EELK_Kaarma_kogudus, lk 90
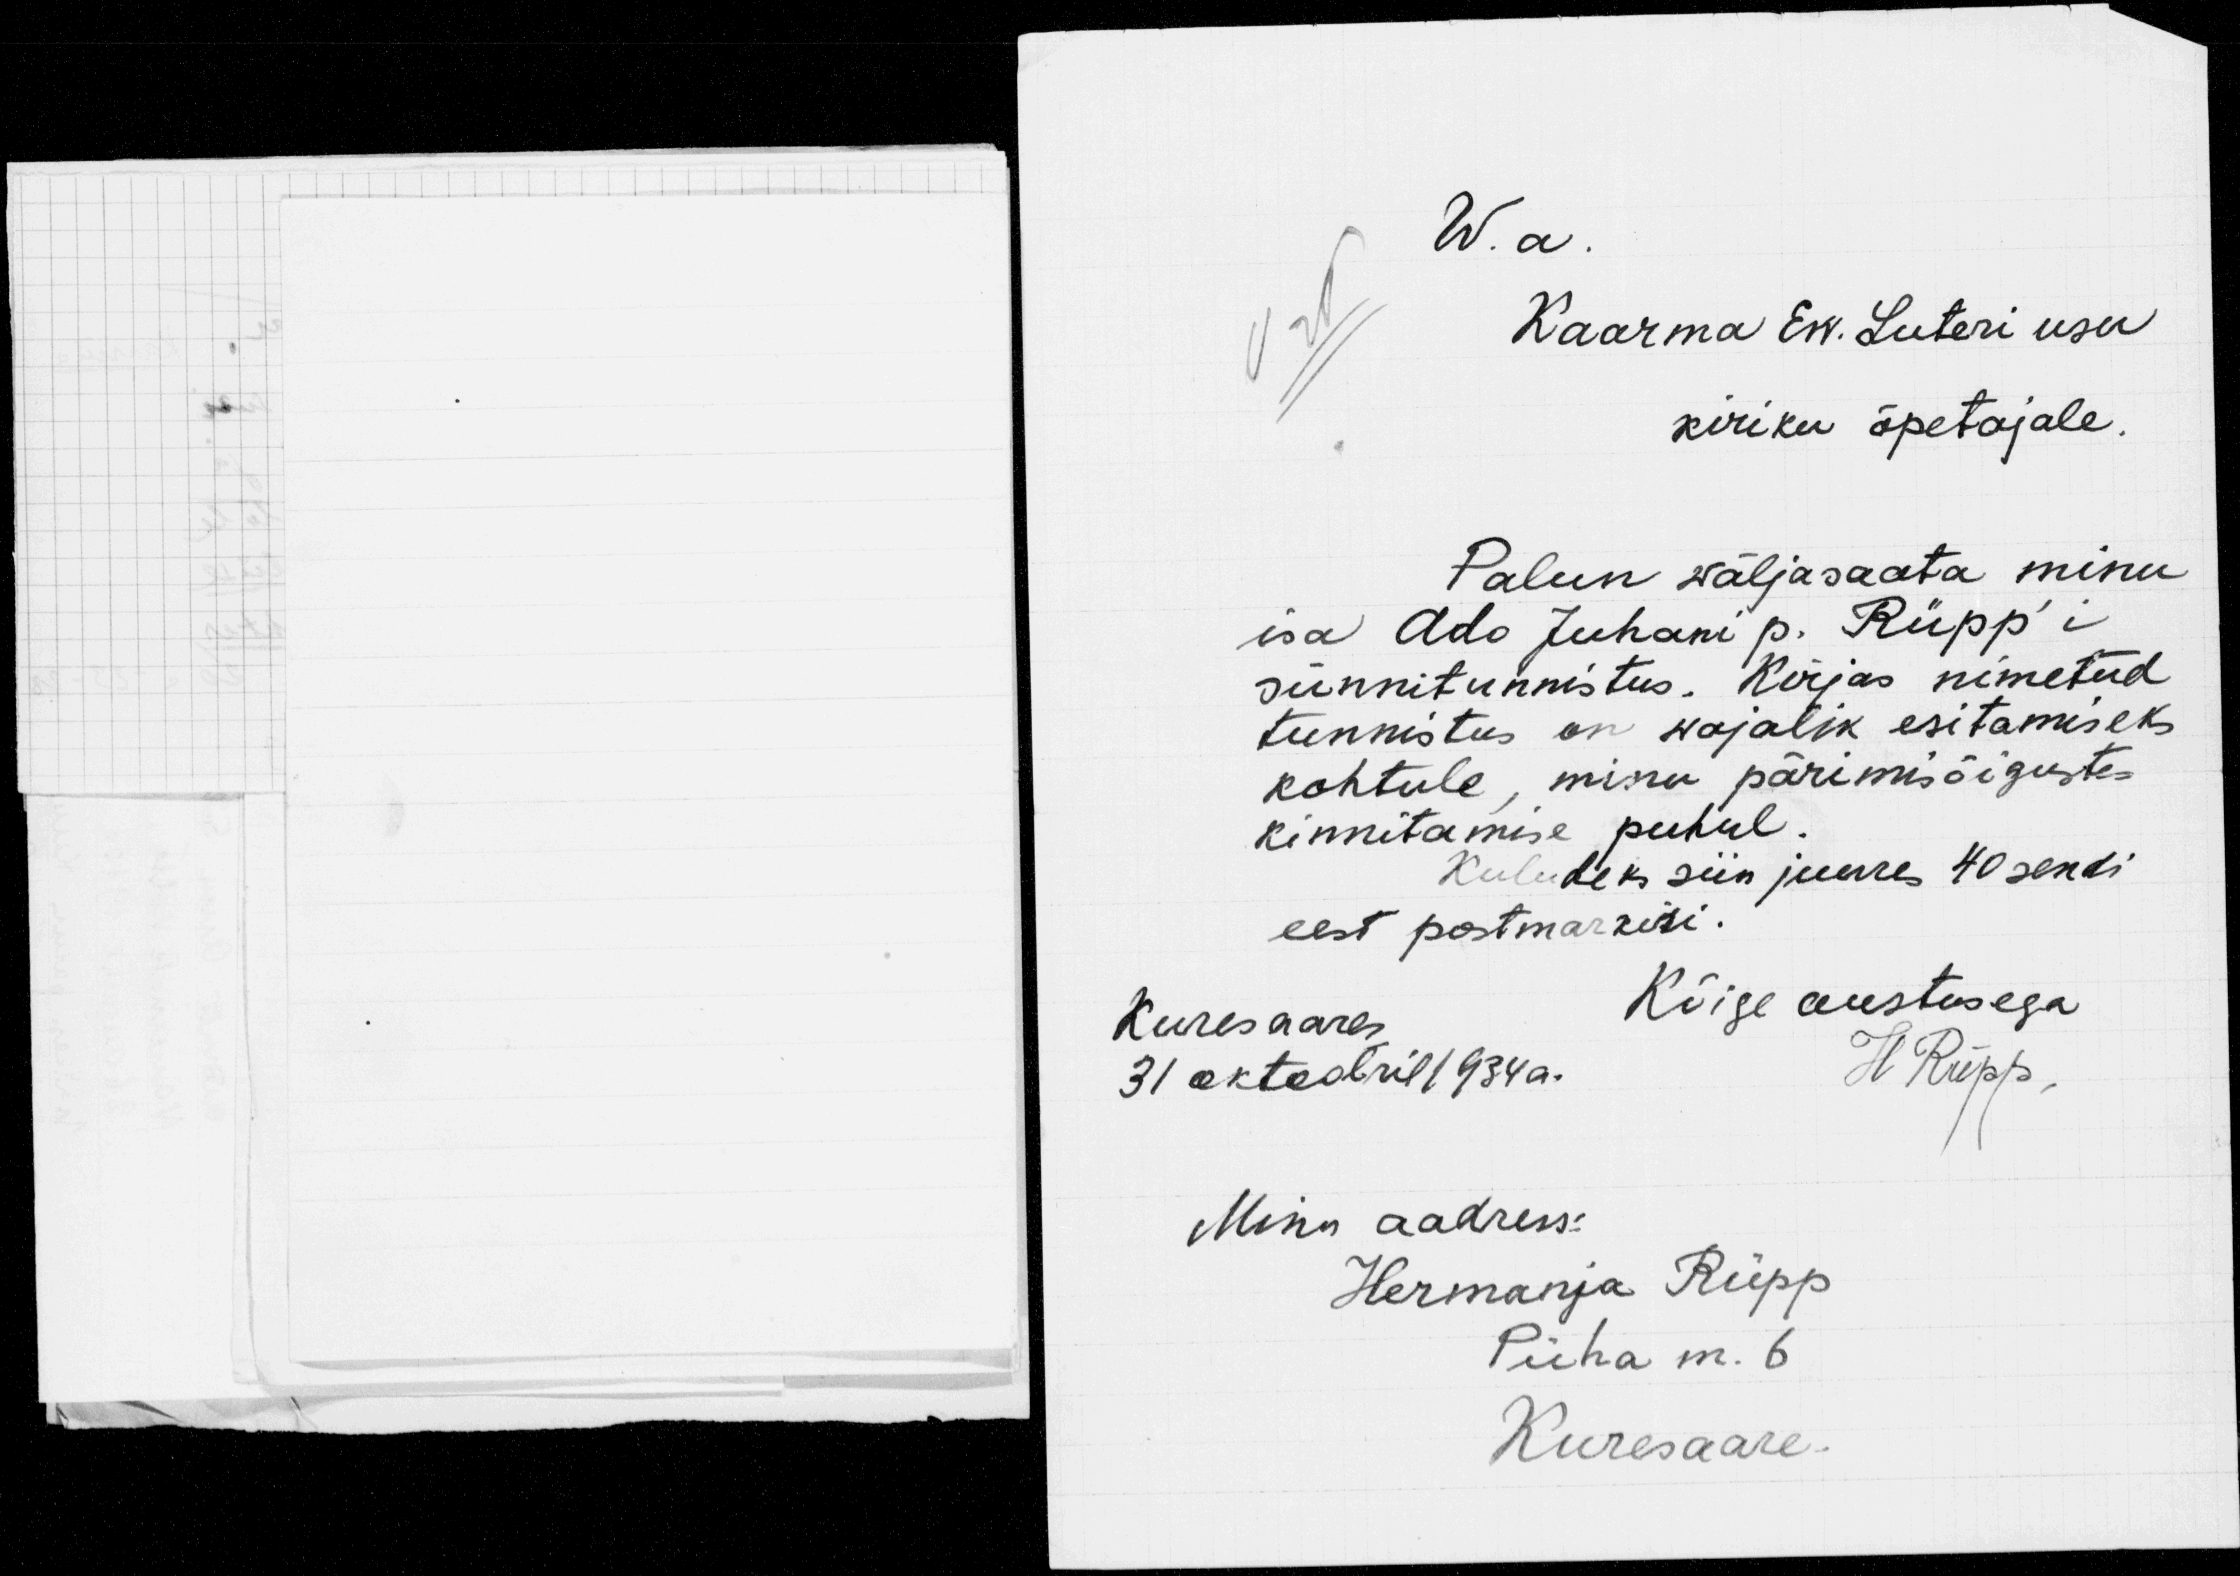
W. a.
Kaarma Ew. Luteri usu
kiriku õpetajale.
Palun wäljasaata minu
isa Ado Juhani p. Rüpp'i
sünnitunnistus. Kirjas nimetud
tunnistus on wajalik esitamiseks
kohtule, minu pärimisõigustes
kinnitamise puhul.
Kuludeks siin juures 40 sendi
eest postmarkisi
Kuresaares
Kõige austusega
31 oktoobril 1934 a.
H Rüpp
Minu aadress:
Hermanja Rüpp
Püha m. 6
Kuresaare.